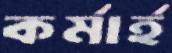
কর্মার্হ